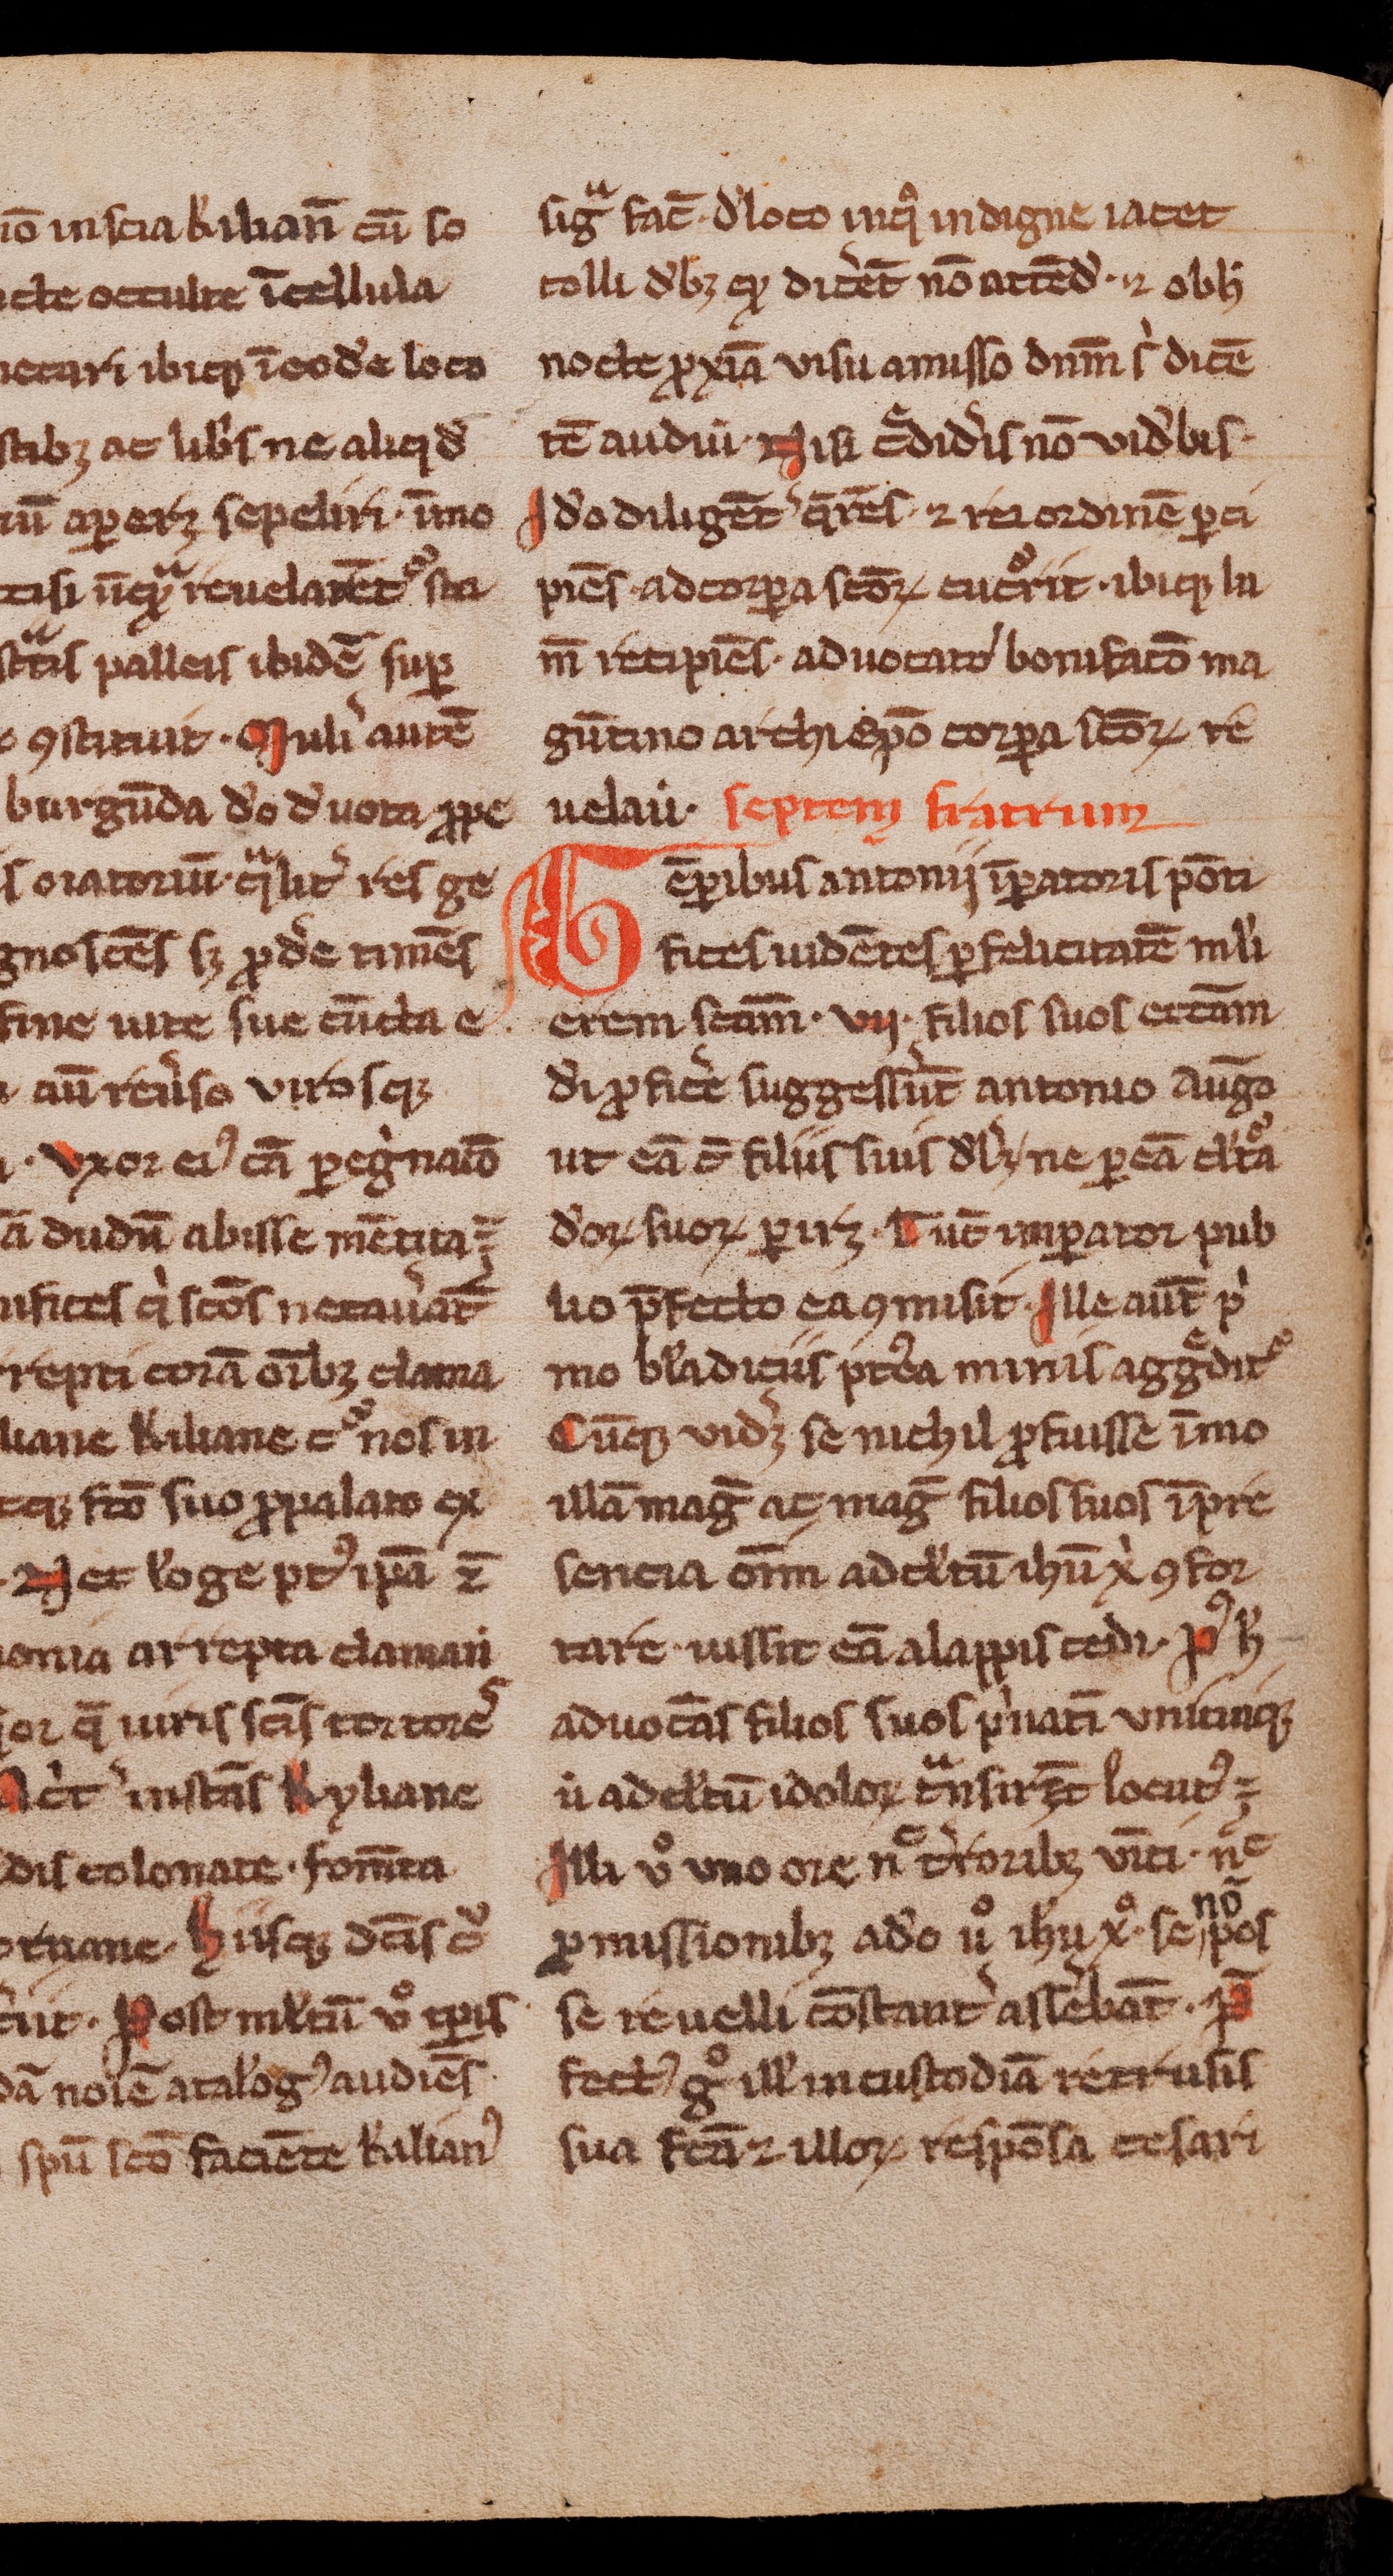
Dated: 1300–1399